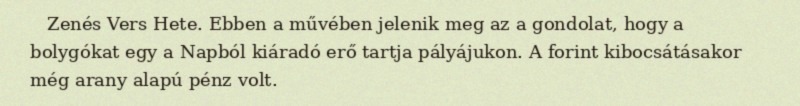
Zenés Vers Hete. Ebben a művében jelenik meg az a gondolat, hogy a bolygókat egy a Napból kiáradó erő tartja pályájukon. A forint kibocsátásakor még arany alapú pénz volt.